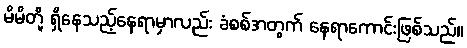
မိမိတို့ ရှိနေသည့်နေရာမှာလည်း ခံစစ်အတွက် နေရာကောင်းဖြစ်သည်။